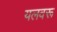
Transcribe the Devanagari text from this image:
यलवरू